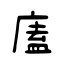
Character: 廅